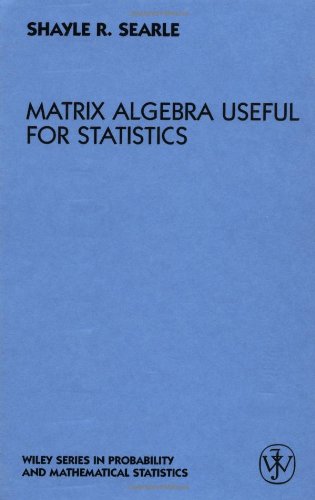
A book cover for Matrix Algebra Useful for Statistics; Shayle R. Searle; Science & Math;